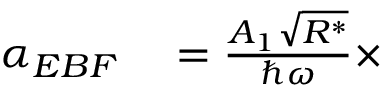
\begin{array} { r l } { \alpha _ { E B F } } & { { } = \frac { A _ { 1 } \sqrt { R ^ { * } } } { \hbar \omega } \times } \end{array}